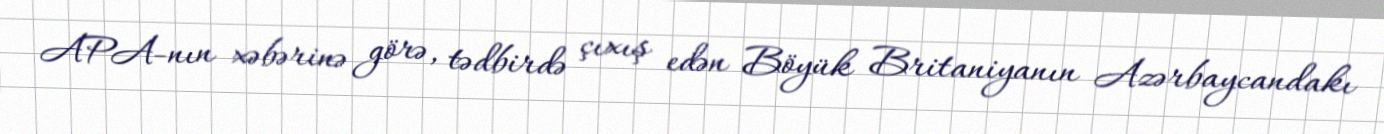
APA-nın xəbərinə görə, tədbirdə çıxış edən Böyük Britaniyanın Azərbaycandakı